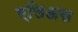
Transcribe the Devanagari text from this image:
एलिअस